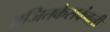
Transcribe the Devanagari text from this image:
अजितकेसकंबली